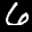
Label: 6